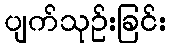
ပျက်သုဉ်းခြင်း